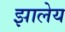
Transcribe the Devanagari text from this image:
झालेय